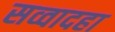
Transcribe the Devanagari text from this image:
सव्वादहा